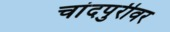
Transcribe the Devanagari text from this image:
चांदपुरीवर